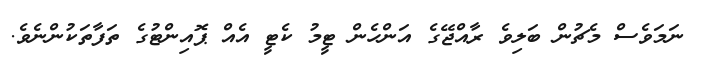
ނަމަވެސް މެޗުން ބަލިވެ ރާއްޖޭގެ އަންހެން ޓީމު ކެޓީ އެއް ޕޮއިންޓުގެ ތަފާތަކުންނެވެ.